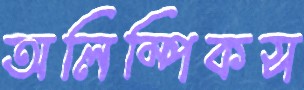
অলিম্পিকস